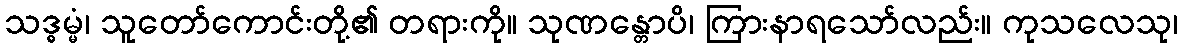
သဒ္ဓမ္မံ၊ သူတော်ကောင်းတို့၏ တရားကို။ သုဏန္တောပိ၊ ကြားနာရသော်လည်း။ ကုသလေသု၊